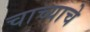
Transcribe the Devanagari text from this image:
चाच्याचे